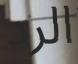
الرد